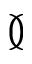
\between